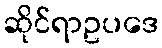
ဆိုင်ရာဥပဒေ